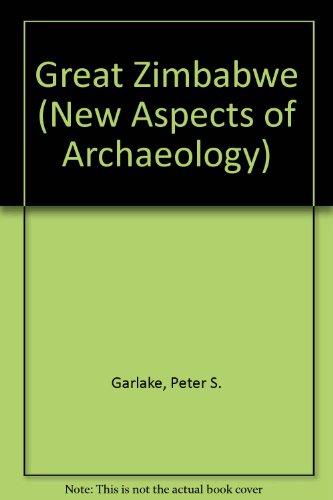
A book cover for Great Zimbabwe (New Aspects of Archaeology); Peter S. Garlake; Travel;